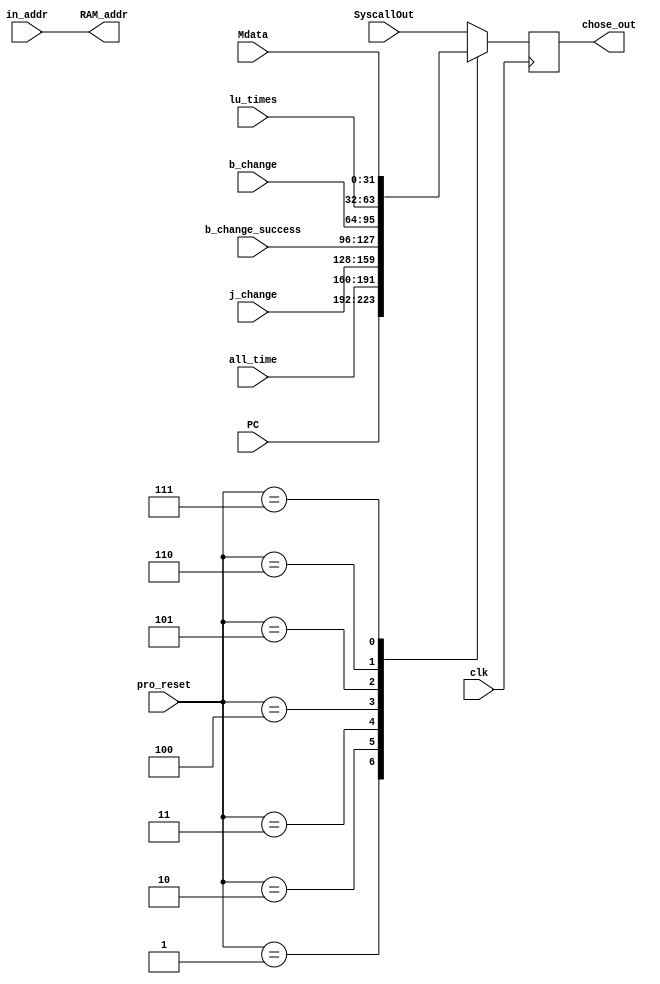
`timescale 1ns / 1ps
module TYPEC(clk,SyscallOut,Mdata,PC,all_time,j_change,b_change,b_change_success,lu_times,pro_reset,in_addr,chose_out,RAM_addr);
input clk;
input [31:0]SyscallOut; //
input [31:0]Mdata;
input [31:0]PC;   //pc
input [31:0]all_time;  //16
input [31:0]j_change;  //
input [31:0]b_change;  //
input [31:0]b_change_success ;  //
input [31:0]lu_times;
input [2:0]pro_reset;   //3
input [11:0]in_addr;   //12

output reg [31:0]chose_out;   //31
output [11:0]RAM_addr;    //

assign RAM_addr=in_addr;    //

always @(posedge clk)
begin
   case(pro_reset)
    3'b001:begin
      chose_out[31:0]<=PC;
    end
    3'b010:begin
      chose_out[31:0]<=all_time;
    end
    3'b011:begin
      chose_out[31:0]<=j_change;
    end
    3'b100:begin
      chose_out[31:0]<=b_change_success;
    end
    3'b101:begin
      chose_out[31:0]<=b_change;
    end
    3'b110:begin
      chose_out[31:0]<=lu_times;
    end
    3'b111:begin
      chose_out[31:0]<=Mdata;
    end
    default:chose_out <= SyscallOut;
  endcase
end

endmodule